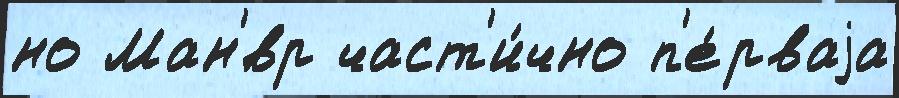
но Ман'́вр част'и́чно п'е́рваjа